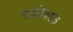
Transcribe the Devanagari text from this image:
दंडविषयक